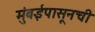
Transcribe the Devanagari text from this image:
मुंबईपासूनची